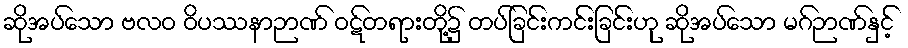
ဆိုအပ်သော ဗလဝ ဝိပဿနာဉာဏ် ဝဋ်တရားတို့၌ တပ်ခြင်းကင်းခြင်းဟု ဆိုအပ်သော မဂ်ဉာဏ်နှင့်